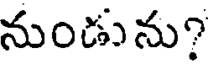
నుండును?